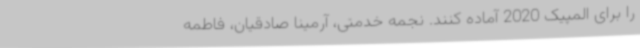
را برای المپیک 2020 آماده کنند. نجمه خدمتی، آرمینا صادقیان، فاطمه